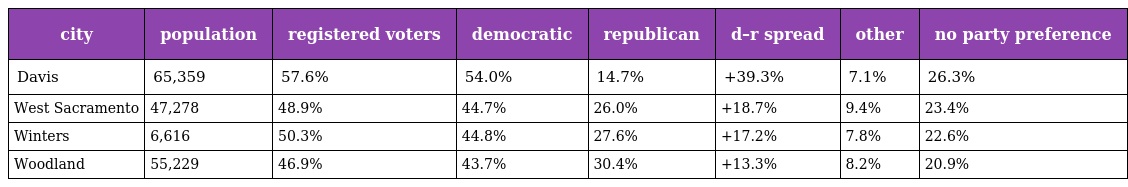
| city | population | registered voters | democratic | republican | d–r spread | other | no party preference |
 | --- | --- | --- | --- | --- | --- | --- | --- |
 | Davis | 65,359 | 57.6% | 54.0% | 14.7% | +39.3% | 7.1% | 26.3% |
 | West Sacramento | 47,278 | 48.9% | 44.7% | 26.0% | +18.7% | 9.4% | 23.4% |
 | Winters | 6,616 | 50.3% | 44.8% | 27.6% | +17.2% | 7.8% | 22.6% |
 | Woodland | 55,229 | 46.9% | 43.7% | 30.4% | +13.3% | 8.2% | 20.9% |